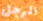
الرجل